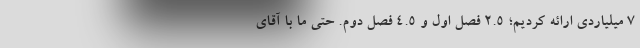
7 میلیاردی ارائه کردیم؛ 2.5 فصل اول و 4.5 فصل دوم. حتی ما با آقای